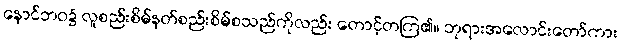
နောင်ဘဝ၌ လူစည်းစိမ်နတ်စည်းစိမ်စသည်ကိုလည်း တောင့်တကြ၏။ ဘုရားအလောင်းတော်ကား